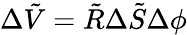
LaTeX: \Delta\tilde{V}=\tilde{R}\Delta\tilde{S}\Delta\phi